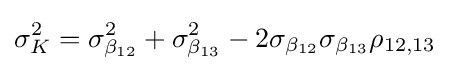
\sigma _{K}^{2}=\sigma _{\beta _{12}}^{2}+\sigma _{\beta _{13}}^{2}-2\sigma _{\beta _{12}}\sigma _{\beta _{13}}\rho _{12,13}